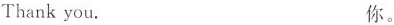
Thankyou. 你。